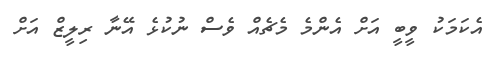
އެކަމަކު ވީބީ އަށް އެންމެ މެޗެއް ވެސް ނުކުޅެ އޭނާ ރިލީޒް އަށް